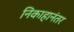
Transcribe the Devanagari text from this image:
निकाहानंतर